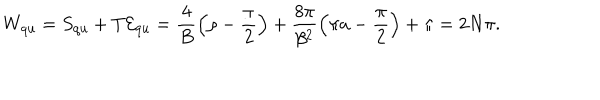
LaTeX: W _ { \mathrm { q u } } = S _ { \mathrm { q u } } + T { \cal E } _ { \mathrm { q u } } = \frac { 4 } { B } \left( \rho - \frac { \pi } { 2 } \right) + \frac { 8 \pi } { \beta ^ { 2 } } \left( \pi a - \frac { \pi } { 2 } \right) + \pi = 2 N \pi .